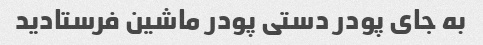
به جای پودر دستی پودر ماشین فرستادید